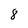
Character: 8